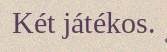
Két játékos.